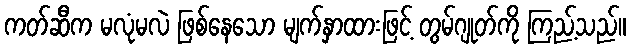
ကတ်ဆီက မလုံမလဲ ဖြစ်နေသော မျက်နှာထားဖြင့် တွမ်ဂျုတ်ကို ကြည့်သည်။